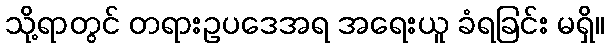
သို့ရာတွင် တရားဥပဒေအရ အရေးယူ ခံရခြင်း မရှိ။